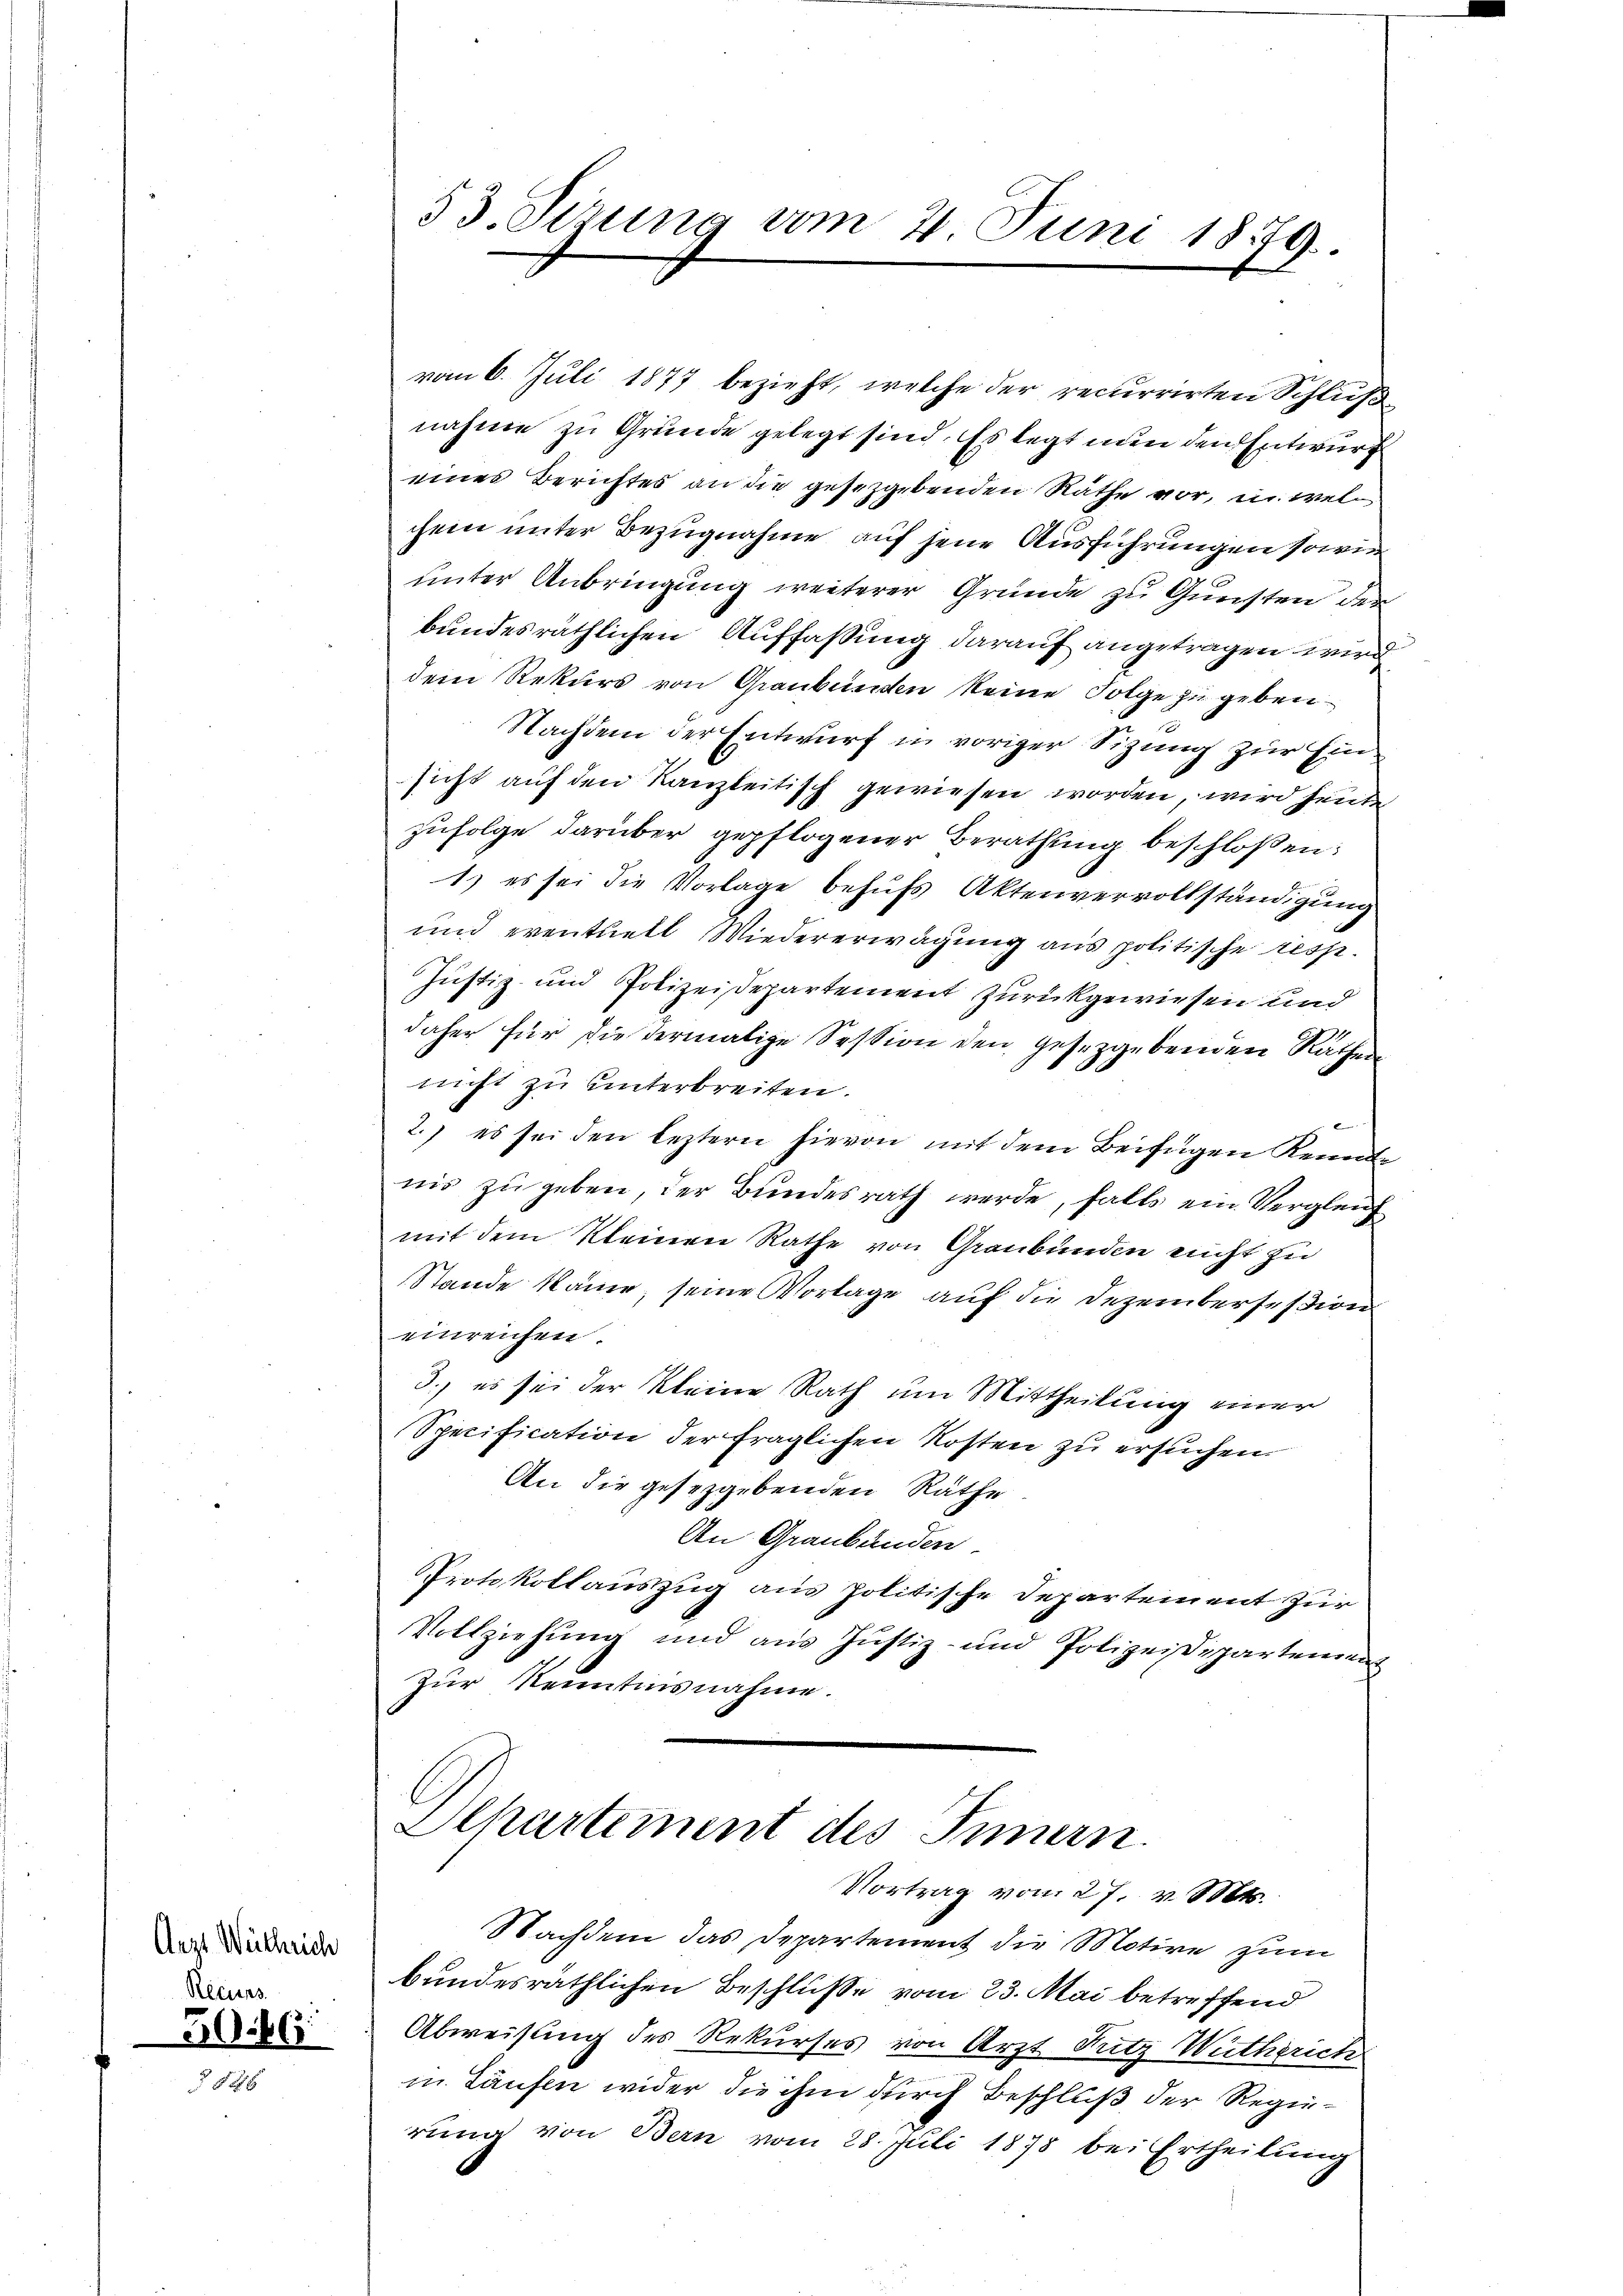
Arzt Wuthrich
Recurs

G.6

vom 6. Juli 1877 bezieht, welche der recurrirten Schluß
nahme zu Grunde gelegt sind. Es legt nun den Entwurf
eines Berichtes an die gesetzgebenden Näthe vor, in welchem unter Bezugnahme auf jene Ausführungen sowie
unter Anbringung weiterer Grunde zu Gunsten der
bundesräthlichen Auffassung darauf angetragen wird
dem Rekurs von Graubünden keine Folge zu geben.
Nachdem der Entwurf in voriger Sizung zur Einsicht auf den Kanzleitisch gewiesen worden, wird heute
zufolge darüber gepflogener Berathung beschloßen:
1) es sei die Vorlage behufs Aktenvervollständigung
und eventuell Wiedererwägung aus politische resp.
Justiz- und Polizeisepartement zurückgewiesen und
daher für die dermalige Session den gesetzgebenden Rathen
nicht zu unterbreiten.
2.) es sei den leztern hievon mit dem Beifügen Renne
nis zu geben, der Bundesrath werde, falls ein Vergleich
mit dem kleinen Rathe von Graubünden nicht zu
Stande käme, seine Vorlage auf die Dezembersession
einreichen.
3., es sei der kleine Rath um Mittheilung einer
Specification der fraglichen Kosten zu ersuchen.
An die gesezgebenden Räthe
An Graubünden.
Protokollauszug aus politische Departement zur
Vollziehŭng und aus Justiz- und Polizeidepartement
Zur Kenntnisnahme.
Alhartement des Innern.
Vortrag vom 27. v. Mts.

53. Sizung vom 4. Juni 1879.

Nachdem das Departement die Motive zum

bundesräthlichen Beschluße vom 23. Mai betreffend
Abweisung des Rekurses von Arzt Nutz Wutherich
in Laufen wider die ihm durch Beschluß der Regierung von Bern vom 28. Juli 1878 bei Ertheilung